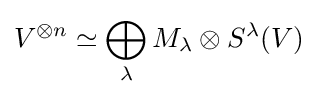
V^{\otimes n}\simeq \bigoplus _{\lambda }M_{\lambda }\otimes S^{\lambda }(V)